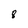
Character: 8